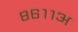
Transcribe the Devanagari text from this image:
८६११अ